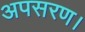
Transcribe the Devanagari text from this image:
अपसरण।